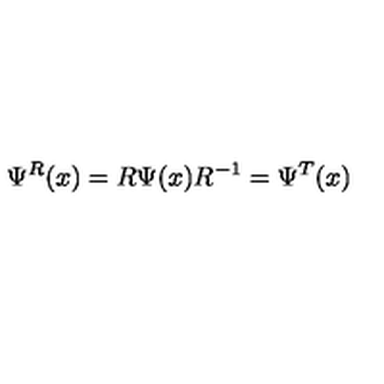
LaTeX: \Psi ^ { R } ( x ) = R \Psi ( x ) R ^ { - 1 } = \Psi ^ { T } ( x )